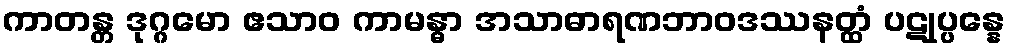
ကာတန္တ ဒုဂ္ဂမော ဧသာဝ ကာမန္ဓာ အသာဓာရဏဘာဝဒဿနတ္ထံ ပဋုပ္ပန္နေ